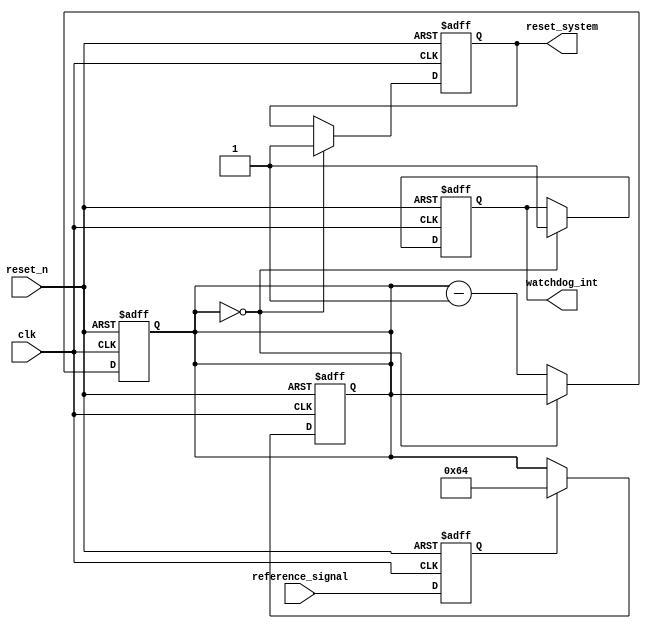
module watchdog_timer (
    input wire clk,              // clock signal
    input wire reset_n,          // active low asynchronous reset
    input wire reference_signal, // reference signal to update the timer
    output reg watchdog_int,     // interrupt signal
    output reg reset_system      // reset system signal
);

parameter COUNT_VALUE = 100;    // preset value for the counter

reg [7:0] counter;              // 8-bit counter register

always @(posedge clk or negedge reset_n) begin
    if (~reset_n) begin
        counter <= COUNT_VALUE; // reset counter on reset signal
        watchdog_int <= 0;      // clear interrupt signal
        reset_system <= 0;      // clear reset system signal
    end else begin
        if (counter == 0) begin
            reset_system <= 1;  // reset system when counter reaches zero
            watchdog_int <= 1;  // set interrupt signal
        end else begin
            counter <= counter - 1; // decrement counter
        end
    end
end

// Synchronize reference signal with clock domain
reg synchronized_reference_signal;
always @(posedge clk or negedge reset_n) begin
    if (~reset_n) begin
        synchronized_reference_signal <= 0; // reset synchronized reference signal
    end else begin
        synchronized_reference_signal <= reference_signal; // synchronize reference signal with clock domain
    end
end

always @(posedge clk or negedge reset_n) begin
    if (~reset_n) begin
        counter <= COUNT_VALUE; // reset counter on reset signal
    end else begin
        if (synchronized_reference_signal) begin
            counter <= COUNT_VALUE; // update counter with reference signal
        end
    end
end

endmodule